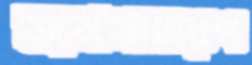
জনসাধারণ